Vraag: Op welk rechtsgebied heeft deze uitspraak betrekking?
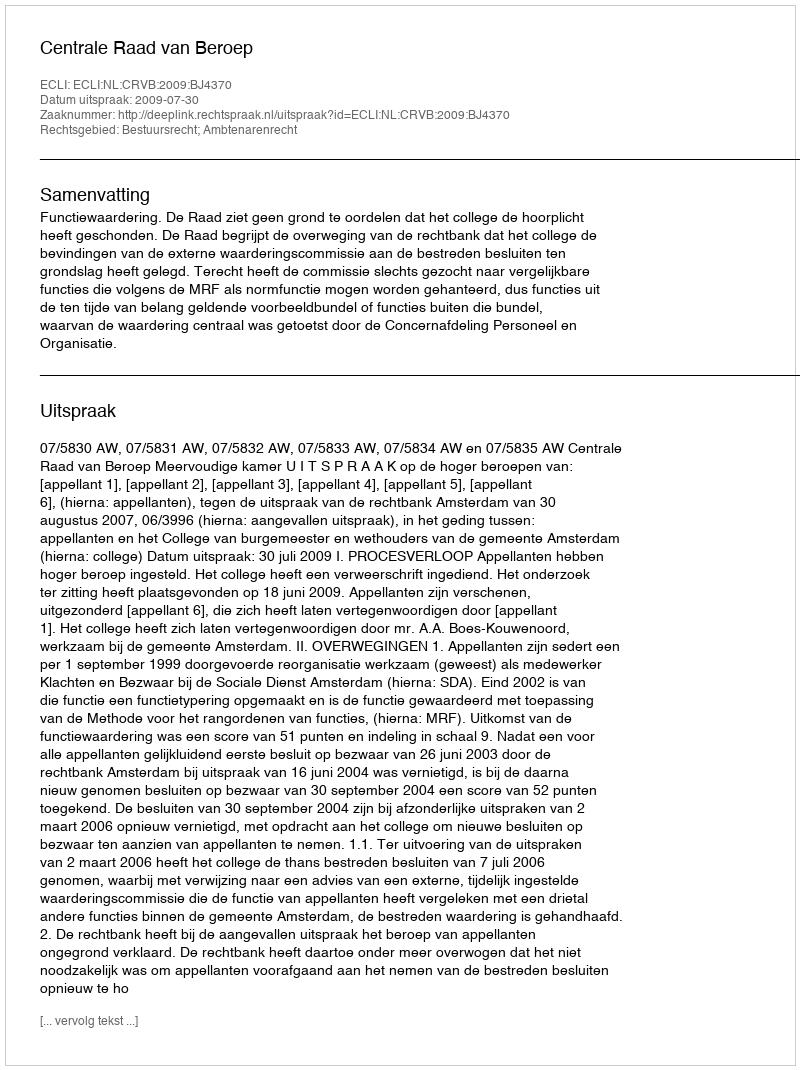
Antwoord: Bestuursrecht; Ambtenarenrecht